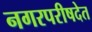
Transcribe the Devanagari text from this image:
नगरपरीषदेत